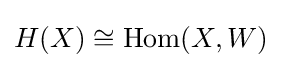
H(X)\cong {\text{Hom}}(X,W)